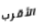
الأقرب